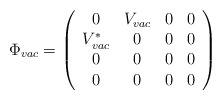
\begin{align*}\Phi _{vac} = \left( \begin{array}{cccc}0&V_{vac}&0&0\\V^*_{vac} &0&0&0\\0&0&0&0\\0&0&0&0\end{array} \right)\end{align*}